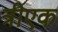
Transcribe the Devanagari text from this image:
त्रीएक